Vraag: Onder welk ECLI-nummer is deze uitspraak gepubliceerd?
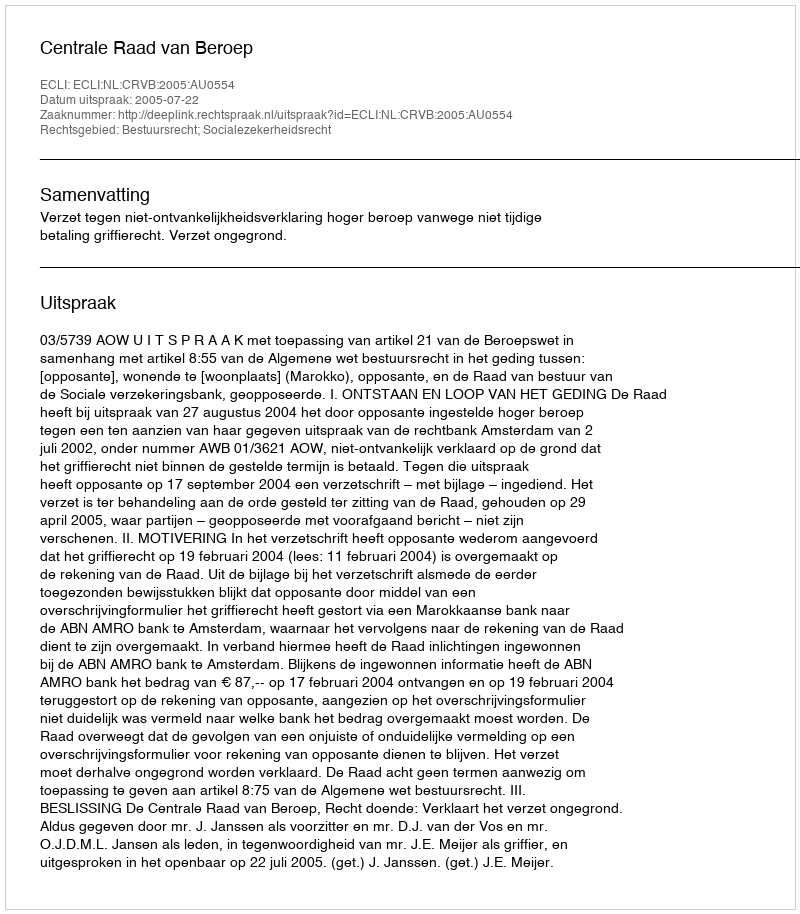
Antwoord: ECLI:NL:CRVB:2005:AU0554